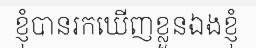
ខ្ញុំបានរកឃើញខ្លួនឯងខ្ញុំ